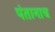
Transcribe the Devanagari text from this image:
पंतानाच